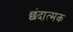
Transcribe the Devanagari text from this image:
छंदात्मक